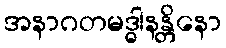
အနာဂတမဒ္ဓါနန္တိနော